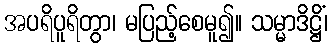
အပရိပူရိတွာ၊ မပြည့်စေမူ၍။ သမ္မာဒိဋ္ဌိံ၊